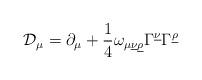
LaTeX: \begin{align*}{\cal D}_\mu=\partial_\mu+{1\over4}\omega_{\mu\underline{\nu}\underline{\rho}}\Gamma^{\underline{\nu}}\Gamma^{\underline{\rho}}\end{align*}